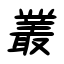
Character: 叢